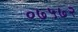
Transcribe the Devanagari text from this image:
०७५७२